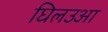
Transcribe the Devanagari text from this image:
घिलउआ